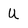
Character: u